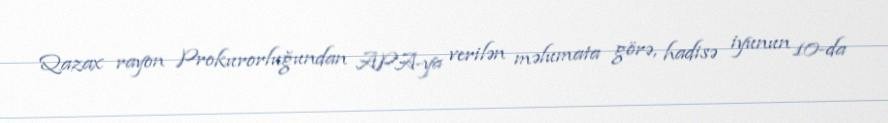
Qazax rayon Prokurorluğundan APA-ya verilən məlumata görə, hadisə iyunun 10-da